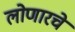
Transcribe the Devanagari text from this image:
लोणारचे